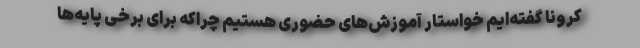
کرونا گفته‌ایم خواستار آموزش‌های حضوری هستیم چراکه برای برخی پایه‌ها